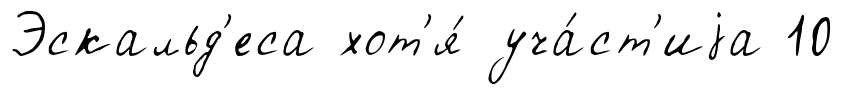
Эскальд'еса хот'я́ уча́ст'иjа 10